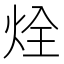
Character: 烇